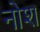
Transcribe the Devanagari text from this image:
नोश